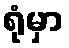
ရုံမှာ